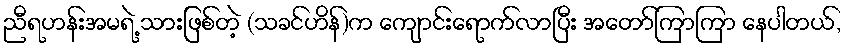
ညီရဟန်းအမရဲ့ သားဖြစ်တဲ့ (သခင်ဟိန်)က ကျောင်းရောက်လာပြီး အတော်ကြာကြာ နေပါတယ်,